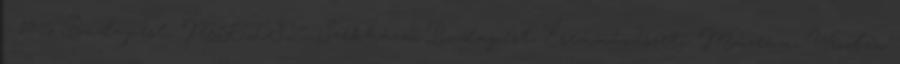
- 1956 Budapest, MKISZ Székháza, Budapest; Éremművészeti Múzeum, Wrocław